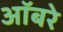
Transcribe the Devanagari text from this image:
ऑबरे